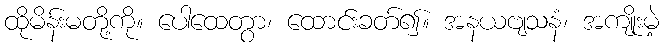
ထိုမိန်းမတို့ကို။ ပေါထေတွာ၊ ထောင်းခတ်၍။ အနယဗျသနံ၊ အကျိုးမဲ့